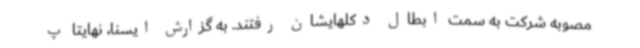
مصوبه شرکت به سمت ابطال دکلهایشان رفتند. به گزارش ایسنا، نهایتا پ